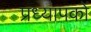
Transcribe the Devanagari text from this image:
प्रध्यापकों